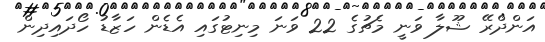
އަންދްރޭ ޝޫލާ ވަނީ މެޗުގެ 22 ވަނަ މިނިޓުގައި އެޑެން ހަޒާޑު ހޯދައިދިން